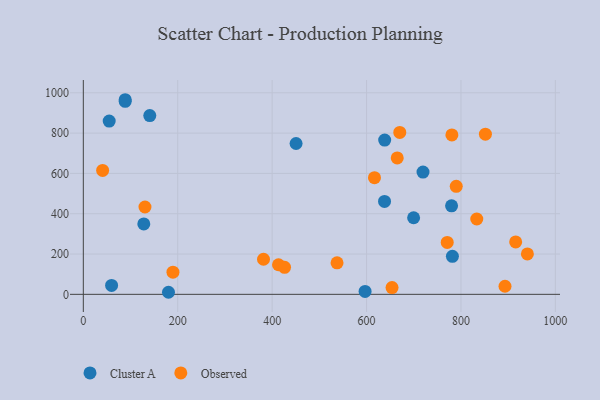
{"axis": {"x": "Engine Size", "y": "Rating"}, "legend": ["Cluster A", "Observed"], "data": [{"x": "638.4", "y": 765.7, "type": "Cluster A"}, {"x": "450.7", "y": 748.4, "type": "Cluster A"}, {"x": "54.8", "y": 859.6, "type": "Cluster A"}, {"x": "140.8", "y": 887.1, "type": "Cluster A"}, {"x": "719.6", "y": 606.7, "type": "Cluster A"}, {"x": "699.7", "y": 379.9, "type": "Cluster A"}, {"x": "781.9", "y": 188.4, "type": "Cluster A"}, {"x": "780.1", "y": 439.3, "type": "Cluster A"}, {"x": "128.1", "y": 349.6, "type": "Cluster A"}, {"x": "180.4", "y": 10.2, "type": "Cluster A"}, {"x": "88.7", "y": 965.7, "type": "Cluster A"}, {"x": "596.9", "y": 14.6, "type": "Cluster A"}, {"x": "88.7", "y": 958.0, "type": "Cluster A"}, {"x": "638.1", "y": 461.1, "type": "Cluster A"}, {"x": "59.9", "y": 44.0, "type": "Cluster A"}, {"x": "189.9", "y": 110.1, "type": "Observed"}, {"x": "915.9", "y": 259.9, "type": "Observed"}, {"x": "381.7", "y": 174.1, "type": "Observed"}, {"x": "413.5", "y": 146.8, "type": "Observed"}, {"x": "40.9", "y": 614.7, "type": "Observed"}, {"x": "130.6", "y": 433.4, "type": "Observed"}, {"x": "851.8", "y": 794.7, "type": "Observed"}, {"x": "893.3", "y": 40.1, "type": "Observed"}, {"x": "654.0", "y": 33.6, "type": "Observed"}, {"x": "537.5", "y": 156.4, "type": "Observed"}, {"x": "426.3", "y": 134.2, "type": "Observed"}, {"x": "790.0", "y": 536.2, "type": "Observed"}, {"x": "780.8", "y": 791.1, "type": "Observed"}, {"x": "616.8", "y": 578.7, "type": "Observed"}, {"x": "833.5", "y": 373.8, "type": "Observed"}, {"x": "670.4", "y": 803.3, "type": "Observed"}, {"x": "940.7", "y": 200.7, "type": "Observed"}, {"x": "665.0", "y": 676.8, "type": "Observed"}, {"x": "770.9", "y": 257.7, "type": "Observed"}]}